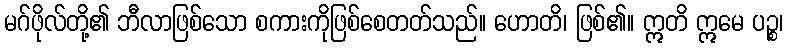
မဂ်ဖိုလ်တို့၏ ဘီလာဖြစ်သော စကားကိုဖြစ်စေတတ်သည်။ ဟောတိ၊ ဖြစ်၏။ ဣတိ ဣမေ ပဉ္စ၊